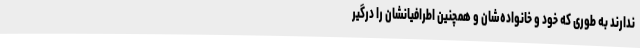
ندارند به طوری که خود و خانواده‌شان و همچنین اطرافیانشان را درگیر